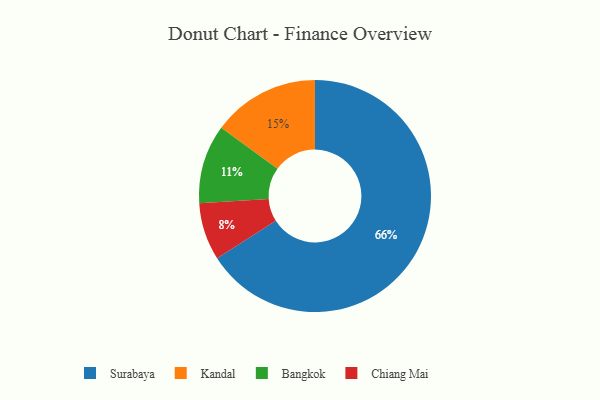
{"axis": {"x": "Category", "y": "Percentage"}, "legend": ["Bangkok", "Chiang Mai", "Kandal", "Surabaya"], "data": [{"x": "Bangkok", "y": 11, "type": "Bangkok"}, {"x": "Chiang Mai", "y": 8, "type": "Chiang Mai"}, {"x": "Kandal", "y": 15, "type": "Kandal"}, {"x": "Surabaya", "y": 66, "type": "Surabaya"}]}